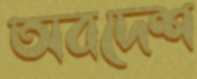
অবদেশ